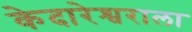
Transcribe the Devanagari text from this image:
केदारेश्वराला